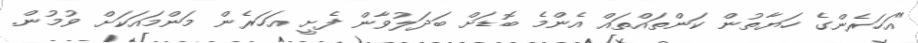
"އަހަރެންގެ ހަޔާތުން ކަންތައްތައް އެންމެ ބޮޑަށް ބަދަލުވާން ފެށީ އަހަރެން މަންމައަކަށް ވުމުން.